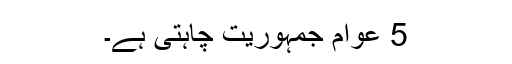
5 عوام جمہوریت چاہتی ہے۔